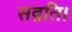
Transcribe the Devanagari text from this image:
सद्गति।